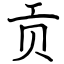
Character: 贡